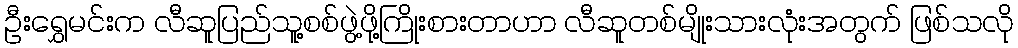
ဦးရွှေမင်းက လီဆူပြည်သူ့စစ်ဖွဲ့ဖို့ကြိုးစားတာဟာ လီဆူတစ်မျိုးသားလုံးအတွက် ဖြစ်သလို